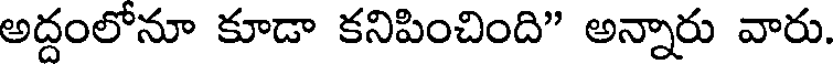
అద్దంలోనూ కూడా కనిపించింది" అన్నారు వారు.